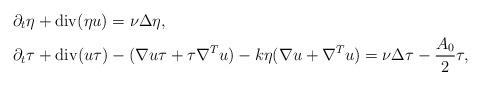
LaTeX: \begin{align*}&\partial_t\eta+\mathrm{div} (\eta u)=\nu\Delta \eta,\\&\partial_t\tau+\mathrm{div} (u\tau)-(\nabla u\tau+\tau\nabla^Tu)-k\eta(\nabla u+\nabla^Tu)=\nu\Delta \tau-\frac{A_0}{2}\tau,\end{align*}